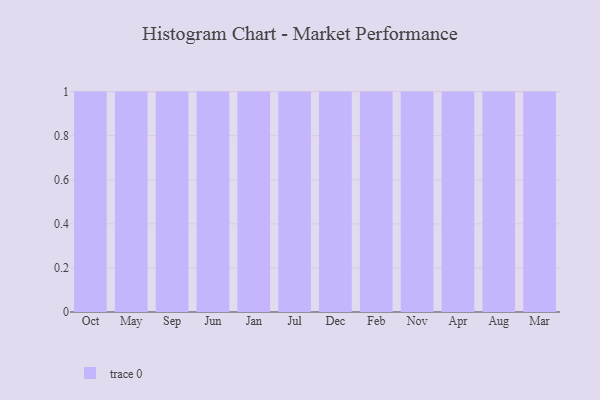
{"axis": {"x": "Month", "y": "Churn Rate (%)"}, "legend": [""], "data": [{"x": "Oct", "y": 1, "type": ""}, {"x": "May", "y": 14, "type": ""}, {"x": "Sep", "y": 73, "type": ""}, {"x": "Jun", "y": 8, "type": ""}, {"x": "Jan", "y": 94, "type": ""}, {"x": "Jul", "y": 59, "type": ""}, {"x": "Dec", "y": 72, "type": ""}, {"x": "Feb", "y": 54, "type": ""}, {"x": "Nov", "y": 1, "type": ""}, {"x": "Apr", "y": 90, "type": ""}, {"x": "Aug", "y": 64, "type": ""}, {"x": "Mar", "y": 38, "type": ""}]}